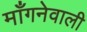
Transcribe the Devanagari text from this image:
माँगनेवाली